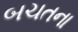
બચતના